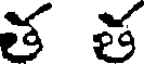
శత